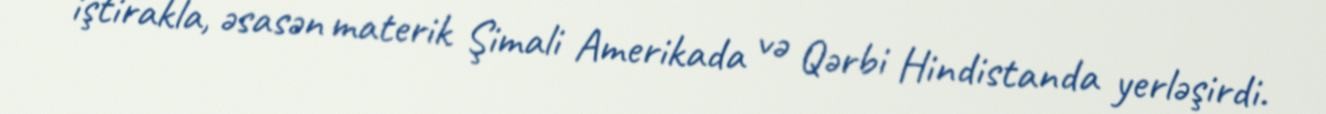
iştirakla, əsasən materik Şimali Amerikada və Qərbi Hindistanda yerləşirdi.